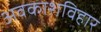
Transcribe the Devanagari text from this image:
अवकाशविहार